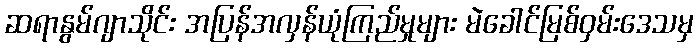
ဆရာနွမ်ဂျာသိုင်း အပြန်အလှန်ယုံကြည်မှုများ မဲခေါင်မြစ်ဝှမ်းဒေသမှ